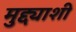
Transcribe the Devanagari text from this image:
मुद्द्याशी